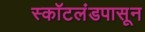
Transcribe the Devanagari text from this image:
स्कॉटलंडपासून